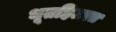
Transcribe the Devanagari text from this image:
भूतहितरत